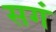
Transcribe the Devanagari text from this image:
सगं